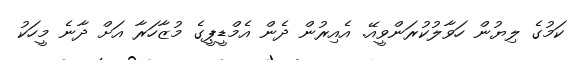
ކަމުގެ ލިޔުން ހަވާލުކުރަންވީއޭ. އެއިރުން ދެން އެމްޑީޕީގެ މުޒާހަރާ އަށް ދާނެ މީހަކު